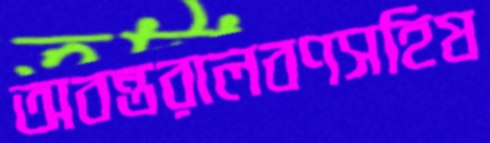
অবন্তরালবণসহিষ